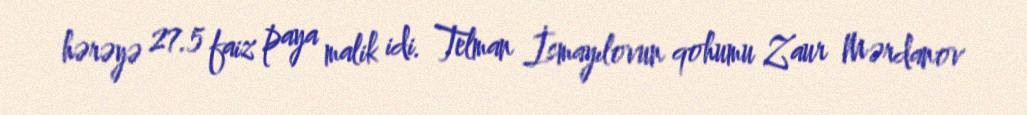
hərəyə 27.5 faiz paya malik idi. Telman İsmayılovun qohumu Zaur Mərdanov